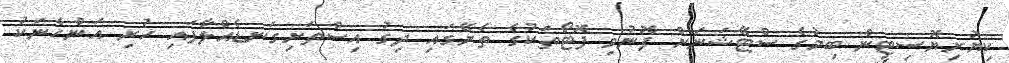
ކިޔުރިޔޮސިޓީން ބިމުގެ ސްޓޭޝަނަށް ފޮނުވި ފޮޓޯތަކުގެ ތެރޭގައި ދިގު އިސްތަށިގަނޑެއްލާފައި ހުރި އަންހެނަކު